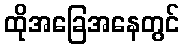
ထိုအခြေအနေတွင်